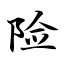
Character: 险